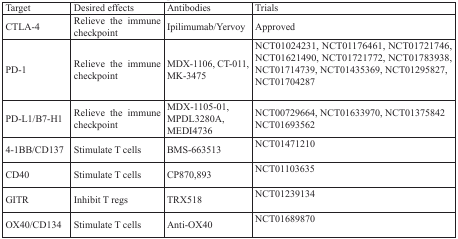
<table><thead><tr><td><b>Target</b></td><td><b>Desired effects</b></td><td><b>Antibodies</b></td><td><b>Trials</b></td></tr></thead><tbody><tr><td>CTLA-4</td><td>Relieve the immune checkpoint</td><td>Ipilimumab/Yervoy</td><td>Approved</td></tr><tr><td>PD-1</td><td>Relieve the immune checkpoint</td><td>MDX-1106, CT-011, MK-3475</td><td>NCT01024231, NCT01176461, NCT01721746, NCT01621490, NCT01721772, NCT01783938, NCT01714739, NCT01435369, NCT01295827, NCT01704287</td></tr><tr><td>PD-L1/B7-H1</td><td>Relieve the immune checkpoint</td><td>MDX-1105-01, MPDL3280A, MEDI4736</td><td>NCT00729664, NCT01633970, NCT01375842 NCT01693562</td></tr><tr><td>4-1BB/CD137</td><td>Stimulate T cells</td><td>BMS-663513</td><td>NCT01471210</td></tr><tr><td>CD40</td><td>Stimulate T cells</td><td>CP870,893</td><td>NCT01103635</td></tr><tr><td>GITR</td><td>Inhibit T regs</td><td>TRX518</td><td>NCT01239134</td></tr><tr><td>OX40/CD134</td><td>Stimulate T cells</td><td>Anti-OX40</td><td>NCT01689870</td></tr></tbody></table>